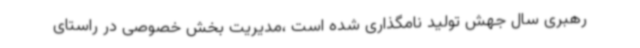
رهبری سال جهش تولید نامگذاری شده است ،مدیریت بخش خصوصی در راستای